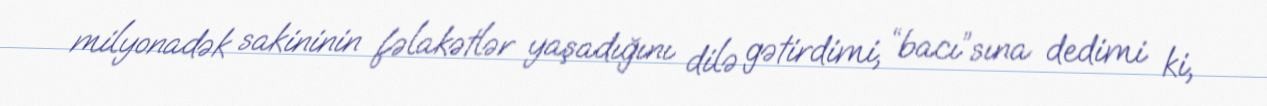
milyonadək sakininin fəlakətlər yaşadığını dilə gətirdimi, “bacı”sına dedimi ki,